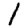
Digit: 1